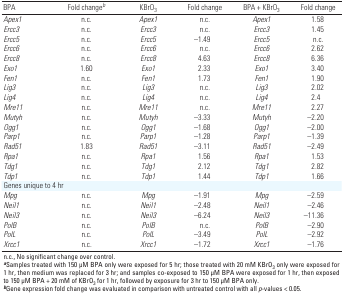
<table><thead><tr><td><b>BPA</b></td><td><b>Fold change<sup><i>b</i></sup></b></td><td><b>KBrO<sub>3</sub></b></td><td><b>Fold change</b></td><td><b>BPA + KBrO<sub>3</sub></b></td><td><b>Fold change</b></td></tr></thead><tbody><tr><td><b><i>Apex1</i></b></td><td>n.c.</td><td><i>Apex1</i></td><td>n.c.</td><td><i>Apex1</i></td><td>1.58</td></tr><tr><td><b><i>Ercc3</i></b></td><td>n.c.</td><td><i>Ercc3</i></td><td>n.c.</td><td><i>Ercc3</i></td><td>1.45</td></tr><tr><td><b><i>Ercc5</i></b></td><td>n.c.</td><td><i>Ercc5</i></td><td>–1.49</td><td><i>Ercc5</i></td><td>n.c.</td></tr><tr><td><b><i>Ercc6</i></b></td><td>n.c.</td><td><i>Ercc6</i></td><td>n.c.</td><td><i>Ercc6</i></td><td>2.62</td></tr><tr><td><b><i>Ercc8</i></b></td><td>n.c.</td><td><i>Ercc8</i></td><td>4.63</td><td><i>Ercc8</i></td><td>6.36</td></tr><tr><td><b><i>Exo1</i></b></td><td>1.60</td><td><i>Exo1</i></td><td>2.33</td><td><i>Exo1</i></td><td>3.40</td></tr><tr><td><b><i>Fen1</i></b></td><td>n.c.</td><td><i>Fen1</i></td><td>1.73</td><td><i>Fen1</i></td><td>1.90</td></tr><tr><td><b><i>Lig3</i></b></td><td>n.c.</td><td><i>Lig3</i></td><td>n.c.</td><td><i>Lig3</i></td><td>2.02</td></tr><tr><td><b><i>Lig4</i></b></td><td>n.c.</td><td><i>Lig4</i></td><td>n.c.</td><td><i>Lig4</i></td><td>2.4</td></tr><tr><td><b><i>Mre11</i></b></td><td>n.c.</td><td><i>Mre11</i></td><td>n.c.</td><td><i>Mre11</i></td><td>2.27</td></tr><tr><td><b><i>Mutyh</i></b></td><td>n.c.</td><td><i>Mutyh</i></td><td>–3.33</td><td><i>Mutyh</i></td><td>–2.20</td></tr><tr><td><b><i>Ogg1</i></b></td><td>n.c.</td><td><i>Ogg1</i></td><td>–1.68</td><td><i>Ogg1</i></td><td>–2.00</td></tr><tr><td><b><i>Parp1</i></b></td><td>n.c.</td><td><i>Parp1</i></td><td>–1.28</td><td><i>Parp1</i></td><td>–1.39</td></tr><tr><td><b><i>Rad51</i></b></td><td>1.83</td><td><i>Rad51</i></td><td>–3.11</td><td><i>Rad51</i></td><td>–2.49</td></tr><tr><td><b><i>Rpa1</i></b></td><td>n.c.</td><td><i>Rpa1</i></td><td>1.56</td><td><i>Rpa1</i></td><td>1.53</td></tr><tr><td><b><i>Tdg1</i></b></td><td>n.c.</td><td><i>Tdg1</i></td><td>2.12</td><td><i>Tdg1</i></td><td>2.82</td></tr><tr><td><b><i>Tdp1</i></b></td><td>n.c.</td><td><i>Tdp1</i></td><td>1.44</td><td><i>Tdp1</i></td><td>1.66</td></tr><tr><td><b>Genes unique to 4 hr</b></td></tr><tr><td><b><i>Mpg</i></b></td><td>n.c.</td><td><i>Mpg</i></td><td>–1.91</td><td><i>Mpg</i></td><td>–2.59</td></tr><tr><td><b><i>Neil1</i></b></td><td>n.c.</td><td><i>Neil1</i></td><td>–2.48</td><td><i>Neil1</i></td><td>–2.46</td></tr><tr><td><b><i>Neil3</i></b></td><td>n.c.</td><td><i>Neil3</i></td><td>–6.24</td><td><i>Neil3</i></td><td>–11.36</td></tr><tr><td><b><i>PolB</i></b></td><td>n.c.</td><td><i>PolB</i></td><td>n.c.</td><td><i>PolB</i></td><td>–2.90</td></tr><tr><td><b><i>PolL</i><i></i></b></td><td>n.c.</td><td><i>PolL</i></td><td>–3.49</td><td><i>PolL</i></td><td>–2.92</td></tr><tr><td><b><i>Xrcc1</i></b></td><td>n.c.</td><td><i>Xrcc1</i></td><td>–1.72</td><td><i>Xrcc1</i></td><td>–1.76</td></tr><tr><td colspan="6">n.c., No significant change over control. <sup><i><b>a</b></i></sup>Samples treated with 150 μM BPA only were exposed for 5 hr; those treated with 20 mM KBrO<sub>3</sub> only were exposed for 1 hr, then medium was replaced for 3 hr; and samples co-exposed to 150 μM BPA were exposed for 1 hr, then exposed to 150 μM BPA + 20 mM of KBrO<sub>3</sub> for 1 hr, followed by exposure for 3 hr to 150 μM BPA only. <sup><i><b>b</b></i></sup>Gene expression fold change was evaluated in comparison with untreated control with all <i>p</i>-values &lt; 0.05.</td></tr></tbody></table>